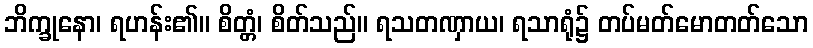
ဘိက္ခုနော၊ ရဟန်း၏။ စိတ္တံ၊ စိတ်သည်။ ရသတဏှာယ၊ ရသာရုံ၌ တပ်မတ်မောတတ်သော